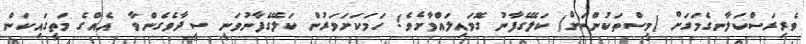
ވެރިރަސްކަލާނގެމަގަށް (މީސްތަކުންނަށް) ކަލޭގެފާނު ގޮވައިލައްވާށެވެ! ހަމަކަށަވަރުން ކަލޭގެފާނުވަނީ ސީދާވެގެންވާ  އެއްގެ މަތީގައިކަން